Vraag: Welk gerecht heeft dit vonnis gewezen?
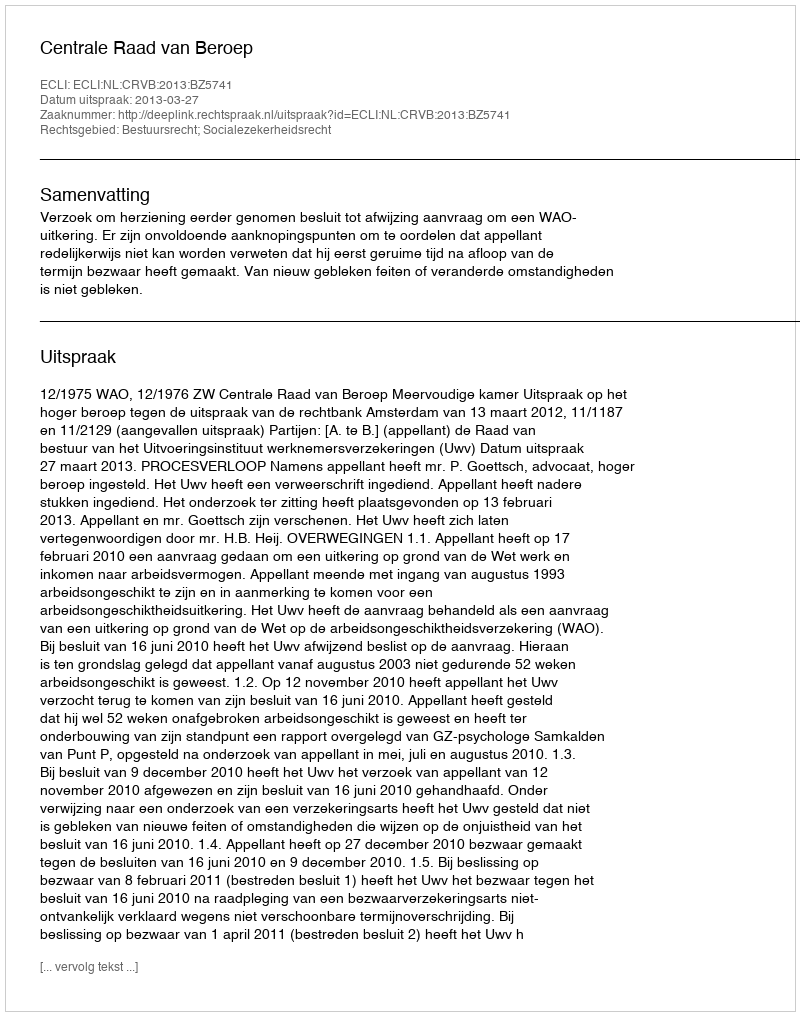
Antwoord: Centrale Raad van Beroep